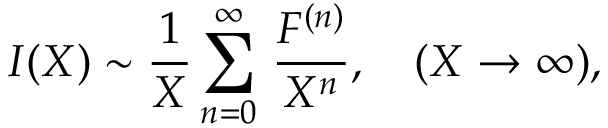
I ( X ) \sim \frac { 1 } { X } \sum _ { n = 0 } ^ { \infty } \, \frac { F ^ { ( n ) } } { X ^ { n } } , \quad ( X \to \infty ) ,